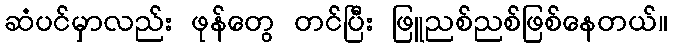
ဆံပင်မှာလည်း ဖုန်တွေ တင်ပြီး ဖြူညစ်ညစ်ဖြစ်နေတယ်။